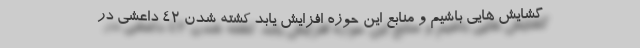
گشایش هایی باشیم و منابع این حوزه افزایش یابد کشته شدن 42 داعشی در